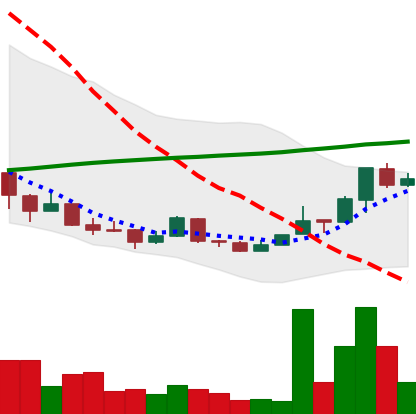
Ticker: NEO-USD
Chart end date: 2018-04-14
Forward return: 16.078%
Label: up_7plus